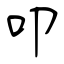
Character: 叩